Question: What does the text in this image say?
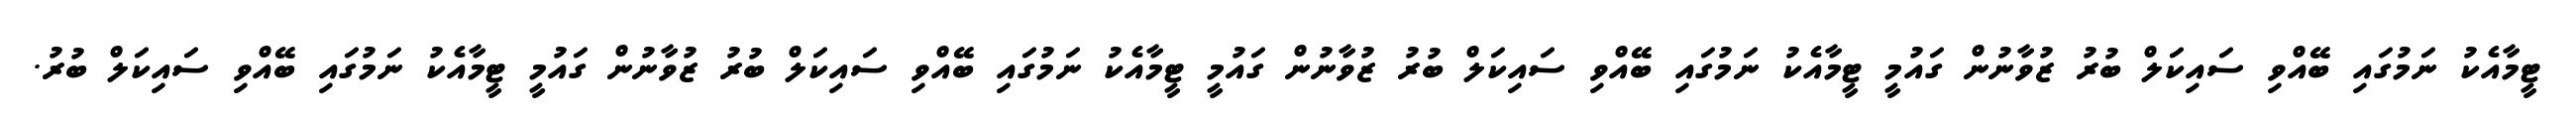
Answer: ޓީމާއެކު ނަމުގައި ބޭއްވި ސައިކަލް ބުރު ޒުވާނުން ގައުމީ ޓީމާއެކު ނަމުގައި ބޭއްވި ސައިކަލް ބުރު ޒުވާނުން ގައުމީ ޓީމާއެކު ނަމުގައި ބޭއްވި ސައިކަލް ބުރު ޒުވާނުން ގައުމީ ޓީމާއެކު ނަމުގައި ބޭއްވި ސައިކަލް ބުރު.